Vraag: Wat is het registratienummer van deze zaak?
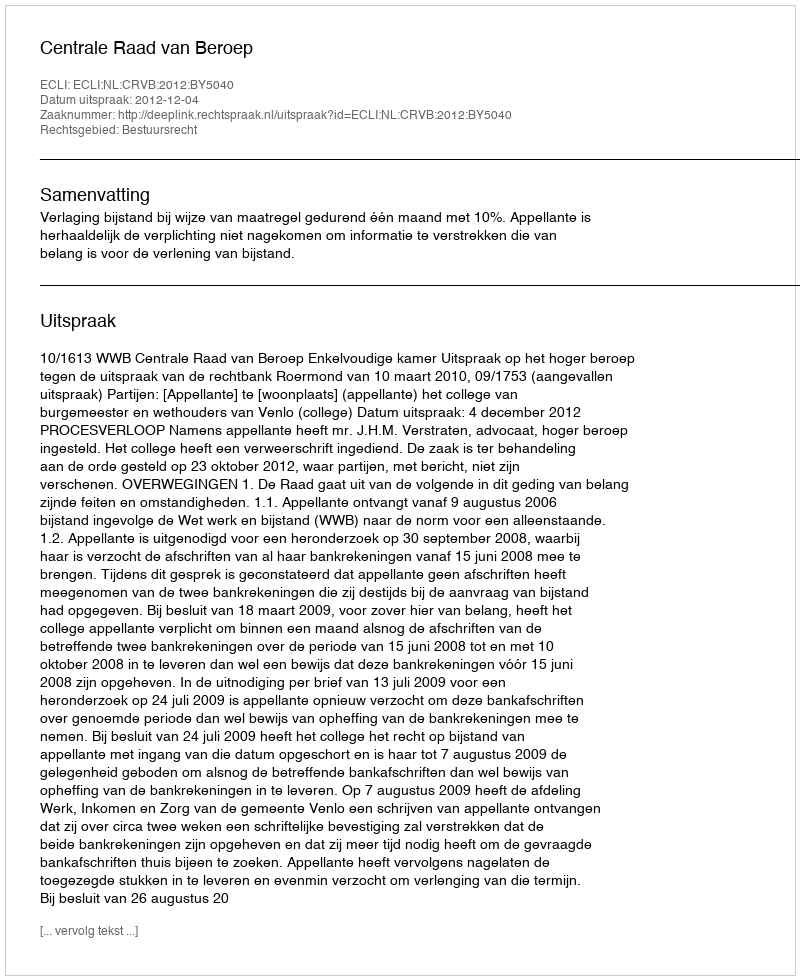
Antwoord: http://deeplink.rechtspraak.nl/uitspraak?id=ECLI:NL:CRVB:2012:BY5040